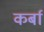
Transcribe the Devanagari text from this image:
कर्बा